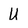
Character: U